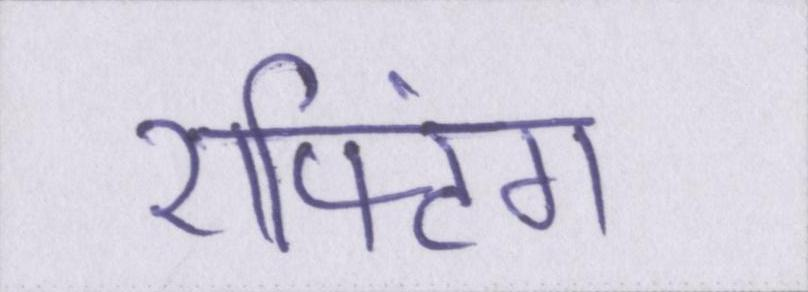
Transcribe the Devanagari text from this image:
राफ्टिंग